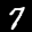
Label: 7